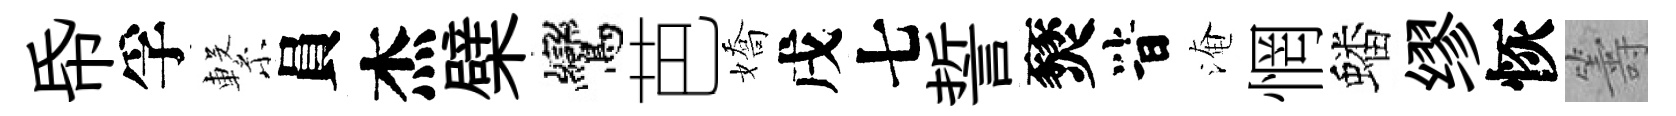
帋孚繋員杰檗鸞芭嬌戌七誓燹𣅜淹惘蟠缪恢籌